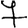
Digit: 7